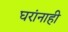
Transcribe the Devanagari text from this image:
घरांनाही